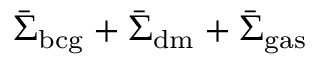
\bar { \Sigma } _ { \mathrm { b c g } } + \bar { \Sigma } _ { \mathrm { d m } } + \bar { \Sigma } _ { \mathrm { g a s } }